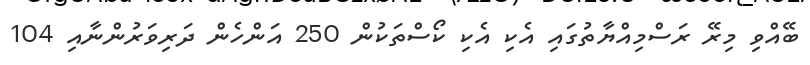
ބޭއްވި މިރޭ ރަސްމިއްޔާތުގައި އެކި އެކި ކޯސްތަކުން 250 އަންހެން ދަރިވަރުންނާއި 104